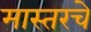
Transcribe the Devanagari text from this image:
मास्तरचे